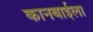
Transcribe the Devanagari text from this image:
कानबाईला